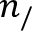
n _ { / }